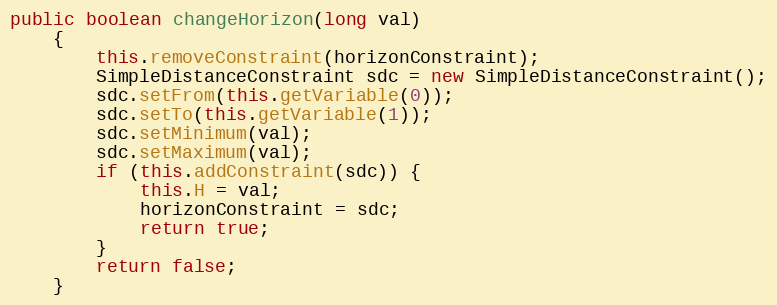
Language: Java
public boolean changeHorizon(long val)
	{
		this.removeConstraint(horizonConstraint);
		SimpleDistanceConstraint sdc = new SimpleDistanceConstraint();
		sdc.setFrom(this.getVariable(0));
		sdc.setTo(this.getVariable(1));
		sdc.setMinimum(val);
		sdc.setMaximum(val);
		if (this.addConstraint(sdc)) {
			this.H = val;
			horizonConstraint = sdc;
			return true;
		}
		return false;
	}